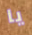
يا